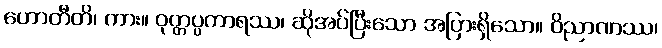
ဟောတီတိ၊ ကား။ ဝုတ္တပ္ပကာရဿ၊ ဆိုအပ်ပြီးသော အပြားရှိသော။ ဝိညာဏဿ၊